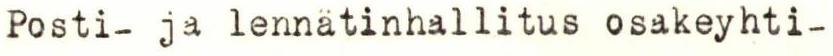
Posti- ja lennätinhallitus osakeyhti-